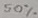
Text: 50%